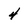
Character: 4